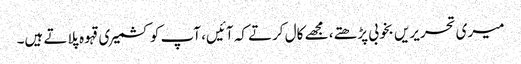
میری تحریریں بخوبی پڑھتے، مجھے کال کرتے کہ آئیں، آپ کو کشمیری قہوہ پلاتے ہیں۔